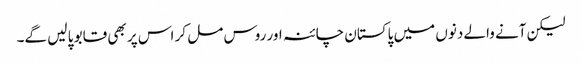
لیکن آنے والے دنوں میں پاکستان چائنہ اور روس مل کر اس پر بھی قابو پا لیں گے۔